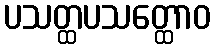
ပသတ္ထပသတ္ထောဝ